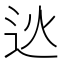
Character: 𨑯